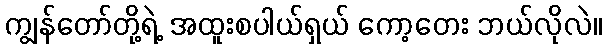
ကျွန်တော်တို့ရဲ့ အထူးစပါယ်ရှယ် ကော့တေး ဘယ်လိုလဲ။